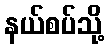
နယ်စပ်သို့